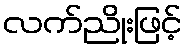
လက်ညိုးဖြင့်